Civil Veterinary Dept. Bombay admin report 1893-99 - 1893-1899
Year: 1893
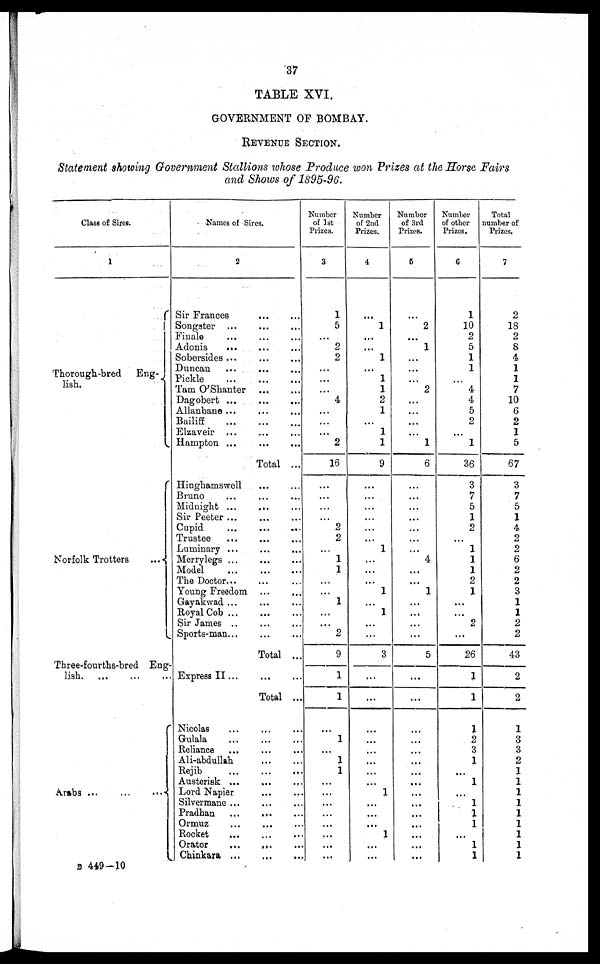
37
TABLE XVI.
GOVERNMENT OF BOMBAY.
REVENUE SECTION.
Statement showing Government Stallions whose Produce won Prizes at the Horse Fairs
and Shows of 1895-96.
Class of Sires.
1
Thorough-bred Eng¬
lish.
Norfolk Trotters ...
Three-fourths-bred Eng¬
lish.
...
...
...
Arabs ... ... ...
Names of Sires.
2
Sir Frances ... ...
Songster ... ... ...
Finale ... ... ...
Adonis
... ... ...
Sobersides ... ... ...
Duncan ... ... ...
Pickle
...
...
...
Tarn O'Shanter
...
...
Dagobert ... ... ...
Allanbane ... ... ...
Bailiff ... ... ...
Elzaveir ... ... ...
Hampton ... ... ...
Total ...
Hinghamswell ... ...
Bruno ... ... ...
Midnight ... ... ...
Sir Peeter ... ... ...
Cupid ... ... ...
Trustee
...
...
...
Luminary ... ... ...
Merrylegs ... ... ...
Model
...
...
...
The Doctor
...
...
Young Freedom ... ...
Gayakwad ... ... ...
Royal Cob
...
...
...
Sir James .. ... ...
Sports-man ... ... ...
Total ...
Express II ...
...
...
Total ...
Nicolas ... ... ...
Gulala ... ... ...
Reliance ... ... ...
Ali-abdullah
...
...
Rejib
...
...
...
Austerisk ... ... ...
Lord Napier ... ...
Silvermane ... ... ...
Pradhan
...
... ...
Ormuz
...
... ...
Rocket ... ... ...
Orator
...
...
Chinkara
...
...
...
Number
of 1st
Prizes.
3
1
5
...
2
2
...
...
...
4
...
...
...
2
16
...
...
...
...
2
2
...
1
1
...
...
1
...
...
2
9
1
1
...
1
...
1
1
...
...
...
...
...
...
...
...
Number
of 2nd
Prizes.
4
...
1
...
...
1
...
1
1
2
1
...
1
1
9
...
...
...
...
...
...
1
...
...
...
1
...
1
...
...
3
...
...
...
...
...
...
...
...
1
...
...
...
1
...
...
Number
of 3rd
Prizes.
5
...
2
...
1
...
...
...
2
...
...
...
...
1
6
...
...
...
...
...
...
...
4
...
...
1
...
...
...
...
5
...
...
...
...
...
...
...
...
...
...
...
...
...
...
...
Number
of other
Prizes.
6
1
10
2
5
1
1
...
4
4
5
2
...
1
36
3
7
5
1
2
...
1
1
1
2
1
...
...
2
...
26
1
1
1
2
3
1
...
1
...
1
1
1
...
1
1
Total
number of
Prizes.
7
2
18
2
8
4
1
1
7
10
6
2
1
5
67
3
7
5
1
4
2
2
6
2
2
3
1
1
2
2
43
2
2
1
3
3
2
1
1
1
1
1
1
1
1
1
B 449-10